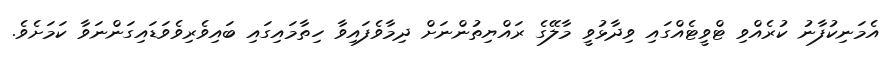
އެމަނިކުފާނު ކުރެއްވި ޓްވީޓެއްގައި ވިދާޅުވީ މާލޭގެ ރައްޔިތުންނަށް ދިމާވެފައިވާ ހިތާމައިގައި ބައިވެރިވެވަޑައިގަންނަވާ ކަމަށެވެ.